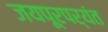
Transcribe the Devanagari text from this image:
जयपूरपर्यंत